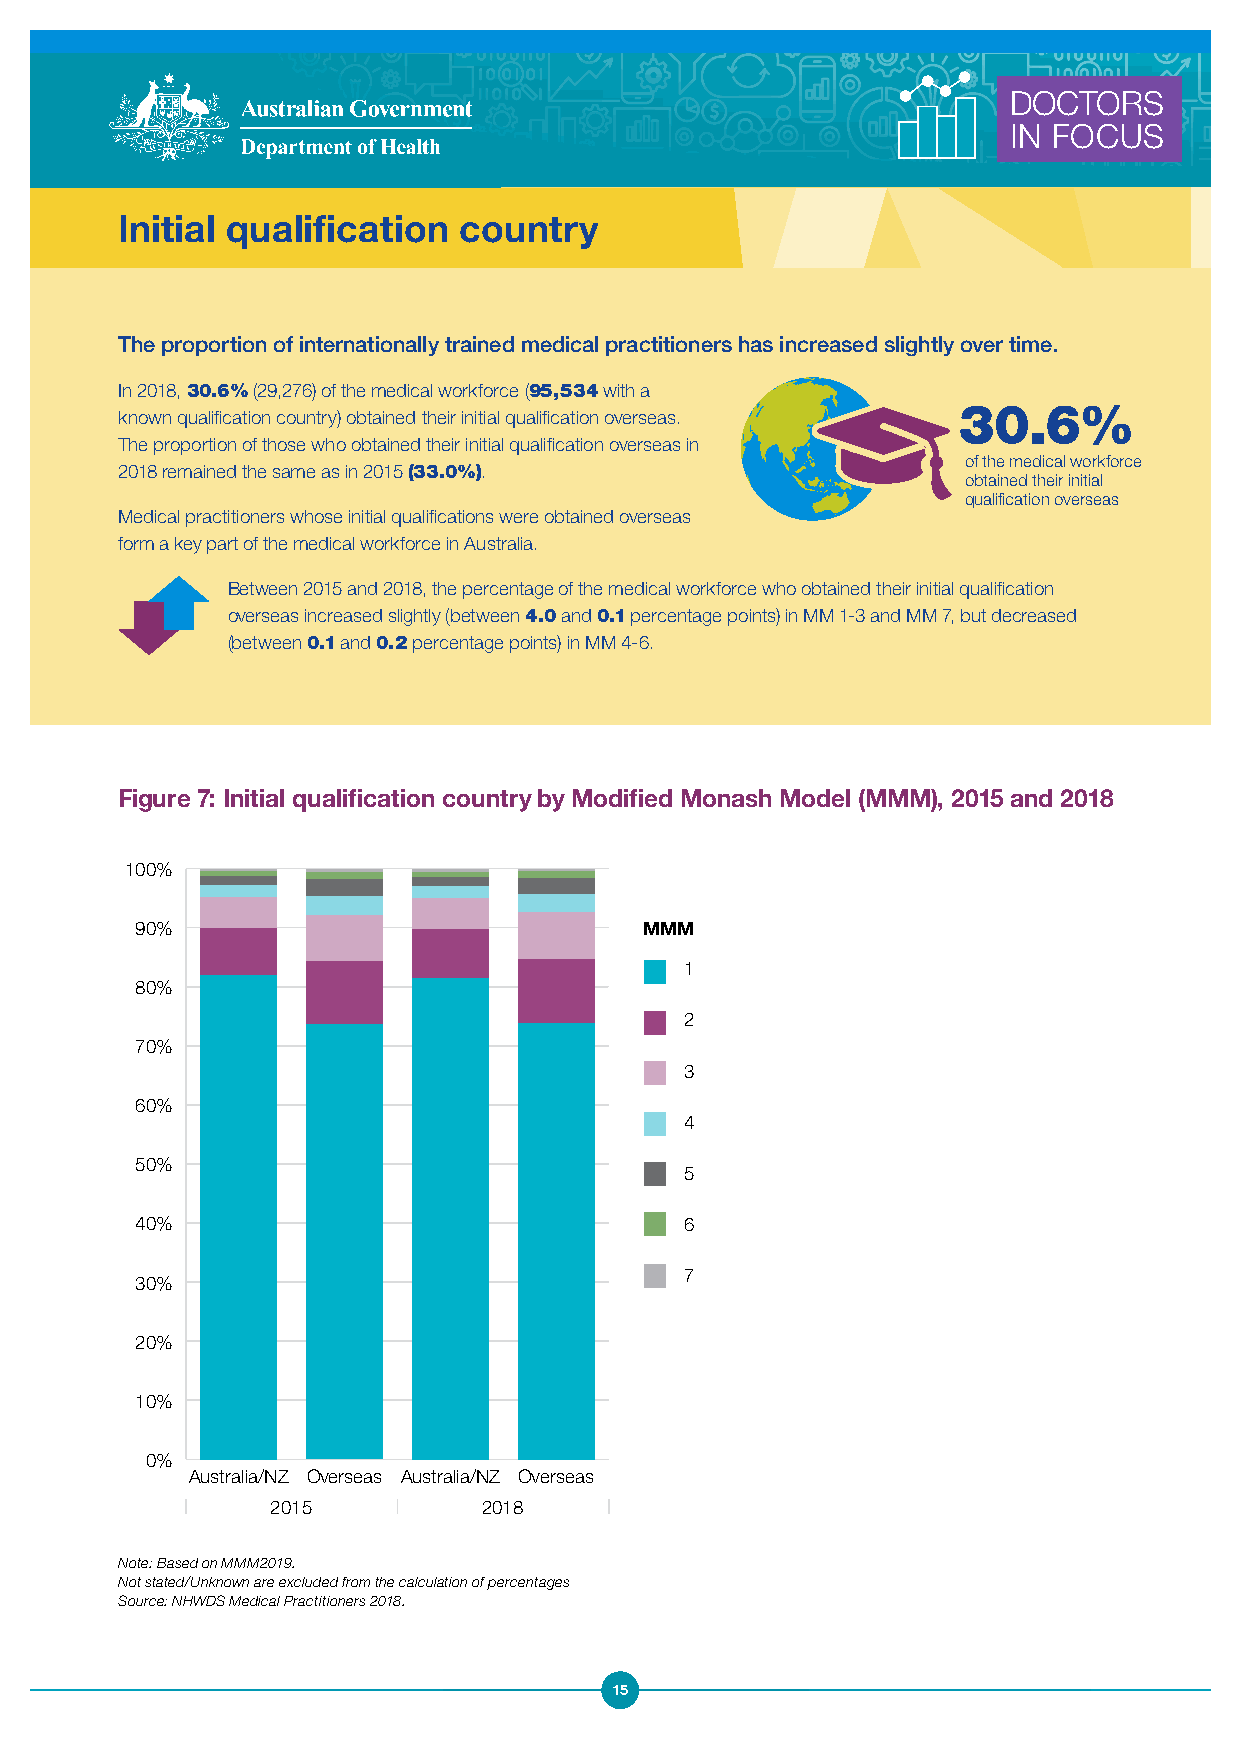
DOCTORS
 IN FOCUS
 Initial qualification country
 The proportion of internationally trained medical practitioners has increased slightly over time.
 In 2018, 30.6% (29,276) of the medical workforce (95,534 with a
 30.6%
 known qualification country) obtained their initial qualification overseas.
 The proportion of those who obtained their initial qualification overseas in
 of the medical workforce
 2018 remained the same as in 2015 (33.0%).
 obtained their initial
 qualification overseas
 Medical practitioners whose initial qualifications were obtained overseas
 form a key part of the medical workforce in Australia.
 Between 2015 and 2018, the percentage of the medical workforce who obtained their initial qualification
 overseas increased slightly (between 4.0 and 0.1 percentage points) in MM 1-3 and MM 7, but decreased
 (between 0.1 and 0.2 percentage points) in MM 4-6.
 Figure 7: Initial qualification country by Modified Monash Model (MMM), 2015 and 2018
 100%
 90%                               MMM
 1
 80%
 2
 70%
 3
 60%
 4
 50%
 5
 40%                                 6
 7
 30%
 20%
 10%
 0%
 Australia/NZ Overseas Australia/NZ Overseas
 2015          2018
 Note: Based on MMM2019.
 Not stated/Unknown are excluded from the calculation of percentages
 Source: NHWDS Medical Practitioners 2018.
 15